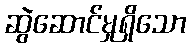
ဆွဲဆောင်မှုရှိသော